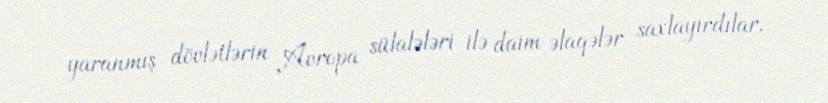
yaranmış dövlətlərin Avropa sülalələri ilə daim əlaqələr saxlayırdılar.